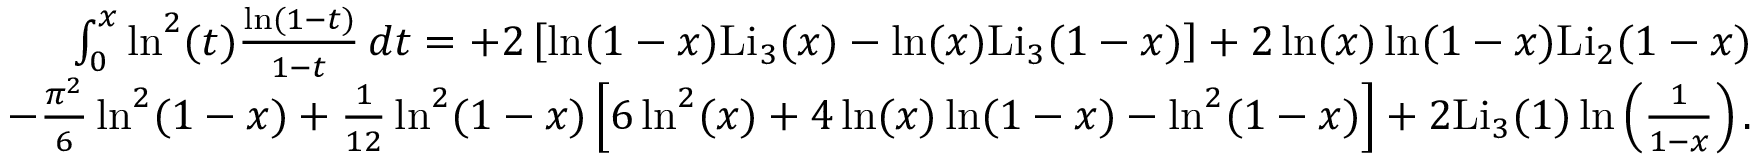
\begin{array} { r l r } & { } & { \int _ { 0 } ^ { x } \ln ^ { 2 } ( t ) \frac { \ln ( 1 - t ) } { 1 - t } \, d t = + 2 \left[ \ln ( 1 - x ) \mathrm { L i } _ { 3 } ( x ) - \ln ( x ) \mathrm { L i } _ { 3 } ( 1 - x ) \right] + 2 \ln ( x ) \ln ( 1 - x ) \mathrm { L i } _ { 2 } ( 1 - x ) } \\ & { } & { - \frac { \pi ^ { 2 } } { 6 } \ln ^ { 2 } ( 1 - x ) + \frac { 1 } { 1 2 } \ln ^ { 2 } ( 1 - x ) \left[ 6 \ln ^ { 2 } ( x ) + 4 \ln ( x ) \ln ( 1 - x ) - \ln ^ { 2 } ( 1 - x ) \right] + 2 \mathrm { L i } _ { 3 } ( 1 ) \ln \left( \frac { 1 } { 1 - x } \right) . } \end{array}